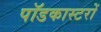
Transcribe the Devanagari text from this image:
पॉडकास्टरों